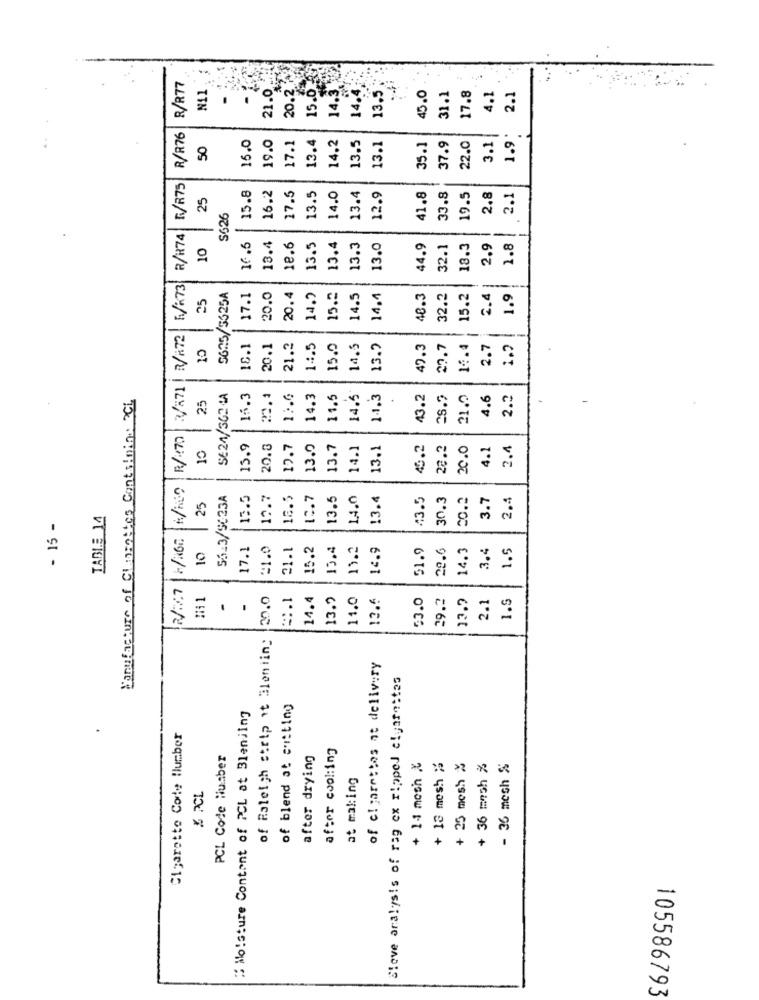
14.3. 3
R/R77
N11
21.0
20.2.
15.0
14.4:
13.5.
45.0
31.1
17.8
4.1
2.1
.
R/R76
14.2
1.9.
50
16.0
19.0
7.1
13.4
13.5
13.1
35.1
37.9
22.0
3.1
R/R74 R/R75
15.8
16.2
25
17.5
13.5
14.0
13.4
12.9
41.8
33.8
19.5
2.8
2.1
S626
10
16.5
13.4
18.6
13.5
13.4
13.3
13.0
44.9
32.1
18.3
2.9
1.8
25
5625/5325A
17.1
20.0
20.4
14.2
15.2
14.5
14.4
48.3
32.2
15.2
2.4
-
1.9
8.1
20.1
21.2
14.5
15.0
14.5
13.2
47.3
27.7
14.4
2.7
Manufacture of Clansaties Containing CL
25
SE24/362 4A
16.3
12.6
14.3
11.5
14.5
1.1.3
43.2
28.7
21.0
4.6
2.2
S
10
15.9
20.3
12.7
13.0
13.7
14.1
13.1
45.2
22.2
20.0
4.1
2.4
55.3/SC23A
13.5
12.7
18.5
10.7
13.5
1.4.0
13.4
43.5
30.3
3.7
2.4
25
TABLE 14
- 15 -
10
17.1
=1.0
21.1
15.2
15.4
11.2
14.9
51.9
28.6
14.3
3.4
1.5
-
30.0
=:. 1
14.4
13.2
11.0
13.6
53.0
39.3
13.9
2.1
1.5
of Raleigh strtp it aleniing
of cigaretlos at delivery
Slove aralysis of rag ex rippel ciyarettes
of blend at sutting
" Moisture Content of PCL at Blenjing
Cigarette Corte Humber
after cool:ing
PCL Code Number
after drying
+ 1-1 mosh X
+ 12 mesh %
+ 25 mesh %
+ 36 mesh %
- 36 mesh %
at making
& PCL
105586793